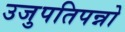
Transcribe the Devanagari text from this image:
उजुपतिपन्नो